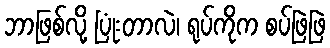
ဘာဖြစ်လို့ ပြုံးတာလဲ၊ ရုပ်ကိုက စပ်ဖြဲဖြဲ